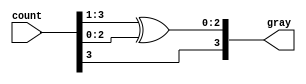
`timescale 1ns / 1ps
//////////////////////////////////////////////////////////////////////////////////
// Company: 
// Engineer: 
// 
// Design Name: 
// Module Name: binary_to_gray
// Project Name: 
// Target Devices: 
// Tool Versions: 
// Description: 
// 
// Dependencies: 
// 
// Revision:
// Revision 0.01 - File Created
// Additional Comments:
// 
//////////////////////////////////////////////////////////////////////////////////


module binary_to_gray#(parameter n=4)(input [n-1:0]count, output [n-1:0]gray);

          assign  gray = {count[n-1],(count[n-1:1]^count[n-2:0])};
endmodule